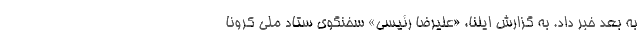
به بعد خبر داد. به گزارش ایلنا، «علیرضا رئیسی» سخنگوی ستاد ملی کرونا